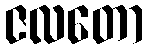
ဇလတော